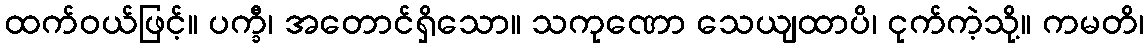
ထက်ဝယ်ဖြင့်။ ပက္ခီ၊ အတောင်ရှိသော။ သကုဏော သေယျထာပိ၊ ငုက်ကဲ့သို့။ ကမတိ၊